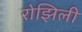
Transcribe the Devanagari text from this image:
रोझिली